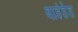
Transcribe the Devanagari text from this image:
बाइंडेड